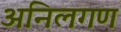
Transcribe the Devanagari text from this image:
अनिलगण